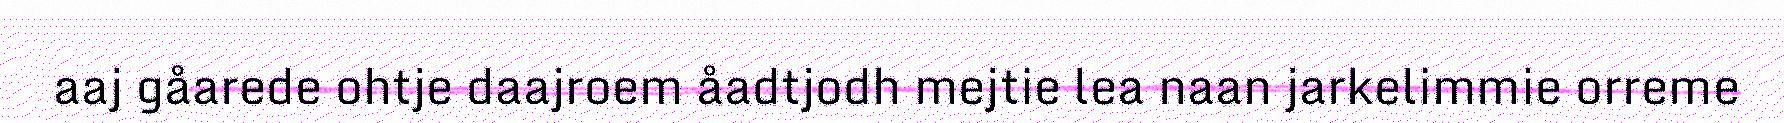
aaj gåarede ohtje daajroem åadtjodh mejtie lea naan jarkelimmie orreme